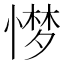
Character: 𢟼